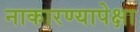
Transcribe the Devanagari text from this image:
नाकारण्यापेक्षा